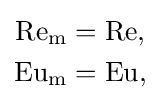
{\begin{aligned}\mathrm {Re} _{\text{m}}&=\mathrm {Re} ,\\\mathrm {Eu} _{\text{m}}&=\mathrm {Eu} ,\end{aligned}}